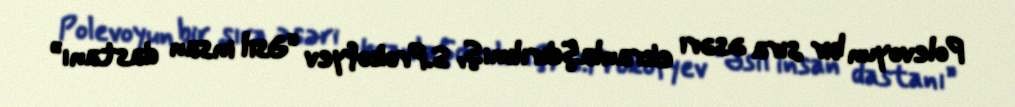
Polevoyun bir sıra əsəri ekranlaşdırılmış, S.Prokofyev “Əsil insan dastanı”